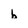
Character: b